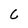
Character: 6